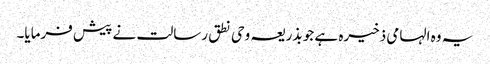
یہ وہ الہامی ذخیرہ ہے جو بذریعہ وحی نطق رسالت نے پیش فرمایا۔